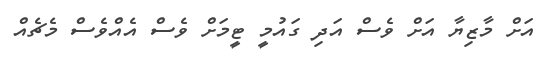
އަށް މާޒިޔާ އަށް ވެސް އަދި ގައުމީ ޓީމަށް ވެސް އެއްވެސް މެޗެއް